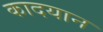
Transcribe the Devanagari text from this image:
कादयान